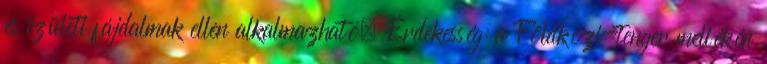
és izületi fájdalmak ellen alkalmazható. Érdekesség: a Földközi-tenger mellékén